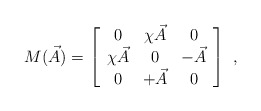
\begin{align*}M(\vec{A}) = \left[\begin{array}{ccc}0 & \chi \vec{A} & 0 \\\chi \vec{A} & 0 & -\vec{A} \\0 & +\vec{A} & 0 \end{array}\right] \ ,\end{align*}